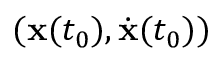
( \mathbf { x } ( t _ { 0 } ) , \dot { \mathbf { x } } ( t _ { 0 } ) )